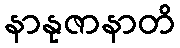
နာနုဇာနာတိ